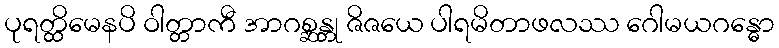
ပုရတ္ထိမေနပိ ဝါတ္တာကီ အာဂစ္ဆန္တု ဇိဇယေ ပါရမိတာဖလဿ ဂေါမယဂန္ဓော